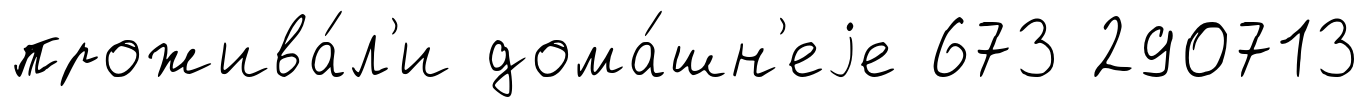
прожива́л'и дома́шн'еjе 673 290713